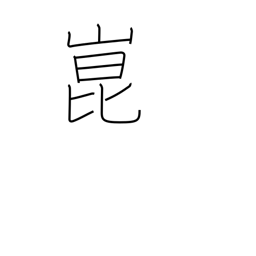
Meaning: place name